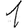
Digit: 1